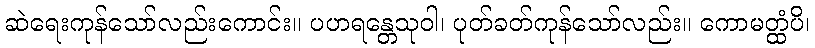
ဆဲရေးကုန်သော်လည်းကောင်း။ ပဟရန္တေသုဝါ၊ ပုတ်ခတ်ကုန်သော်လည်း။ ကောမတ္ထံပိ၊